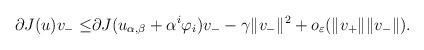
LaTeX: \begin{align*}\partial J(u)v_{-}\leq &\partial J(u_{\alpha, \beta}+\alpha^{i}\varphi_{i})v_{-} -\gamma \Vert v_{-}\Vert ^{2}+o_{\varepsilon}(\Vert v_{+}\Vert\Vert v_{-}\Vert).\end{align*}